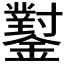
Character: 𨮝